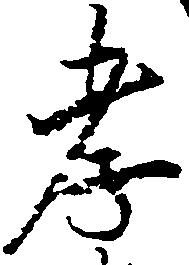
孝